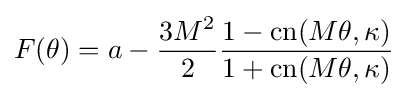
F(\theta )=a-{\frac {3M^{2}}{2}}{\frac {1-\operatorname {cn} (M\theta ,\kappa )}{1+\operatorname {cn} (M\theta ,\kappa )}}